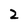
Character: 2